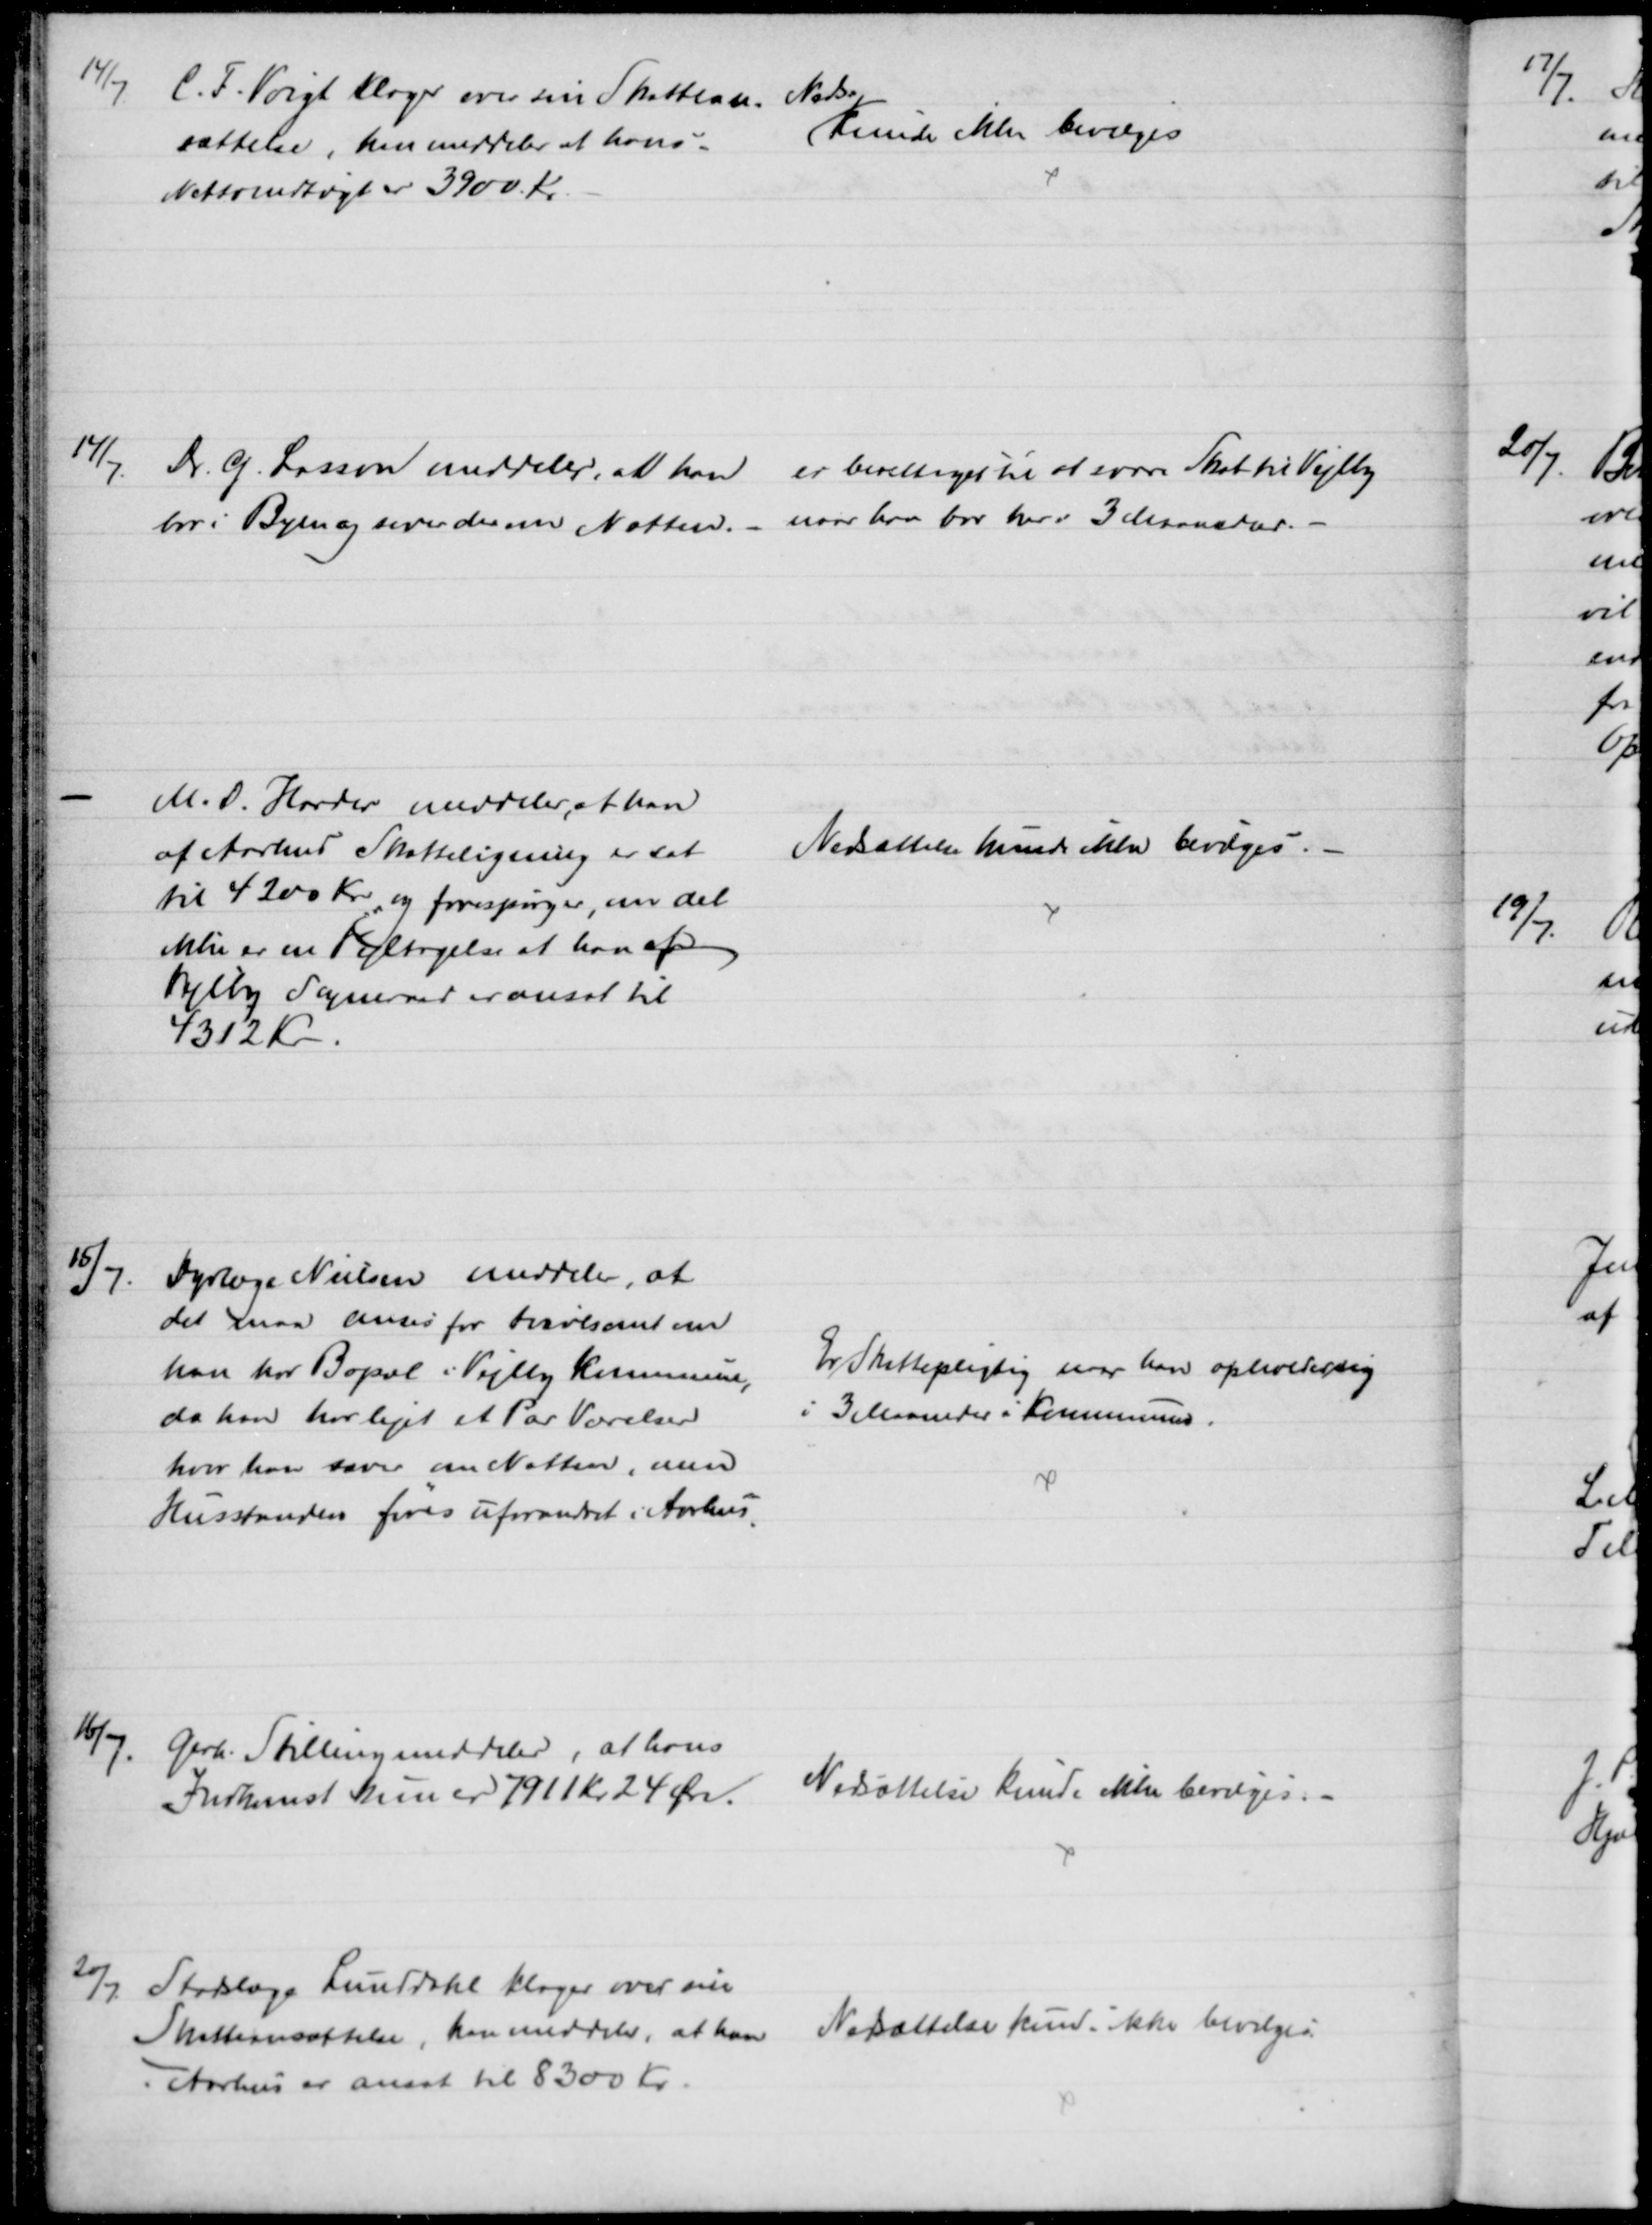
Transskription:
14/7
C. F. Voigt Klager over sin Skattean-
sættelse, han meddeler at hans
Nettoindtægt er 3900 Kr.
Neds.
Kunde ikke bevilges
14/7.
Dr. G. Lassen meddeler, at han 
bor i Byen og sover der om Natten, 
er berettiget til at svare Skat til Vejlby
naar han bor her i 3 Maaneder.
M. D. Harder meddeler, at han
af Aarhus Skatteligning er sat
til 4200 Kr og forespørger, om det
ikke er en Fejltagelse at han af
Vejlby Sogneraad er ansat til
4312 Kr.
Nedsættelse kunde ikke bevilges.
15/7.
Dyrlæge Nielsen meddeler, at
det maa anses for tvivlsomt om
han har Bopæl i Vejlby Kommune, 
da han har lejet et Par Værelser
hvor han sover om Natten, men
Husstanden føres uforandret i Aarhus.
Er Skattepligtig naar han opholder sig
i 3 Maaneder i Kommunen.
16/7.
Gerh. Stilling meddeler, at hans
Indkomst kun er 7911 kr 24 Øre.
Nedsættelse kunde ikke bevilges.
20/7
Stadslæge Lunddahl klager over sin
Skatteansættelse, han meddeler, at han
i Aarhus er ansat til 8300 Kr.
Nedsættelse kunde ikke bevilges.